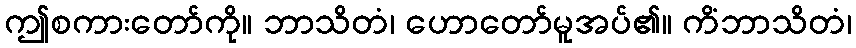
ဤစကားတော်ကို။ ဘာသိတံ၊ ဟောတော်မူအပ်၏။ ကိံဘာသိတံ၊